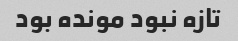
تازه نبود مونده بود